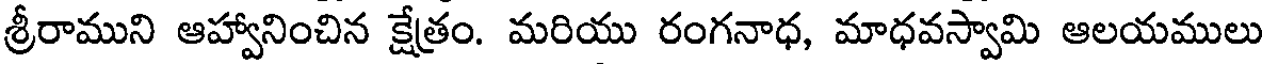
శ్రీరాముని ఆహ్వానించిన క్షేత్రం. మరియు రంగనాధ, మాధవస్వామి ఆలయములు